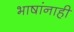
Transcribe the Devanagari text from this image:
भाषांनाही